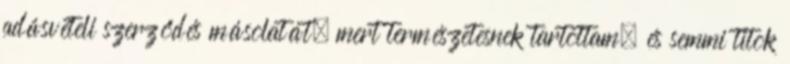
adásvételi szerződés másolatát, mert természetesnek tartottam, és semmi titok